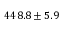
4 4 8 . 8 \pm 5 . 9